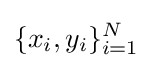
\{x_{i},y_{i}\}_{i=1}^{N}